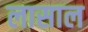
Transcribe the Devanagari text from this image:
लासाल